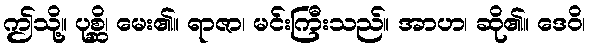
ဤသို့။ ပုစ္ဆိ၊ မေး၏။ ရာဇာ၊ မင်းကြီးသည်။ အာဟ၊ ဆို၏။ ဒေဝိ၊